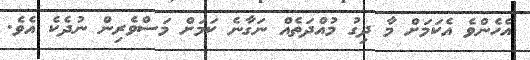
އެހެންވެ އެކަމަށް މާ ދިގު މުއްދަތެއް ނަގާނެ ކަމަށް މަސްވެރިން ނުދެކެ އެވެ.